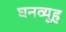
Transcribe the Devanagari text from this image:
घनव्यूह